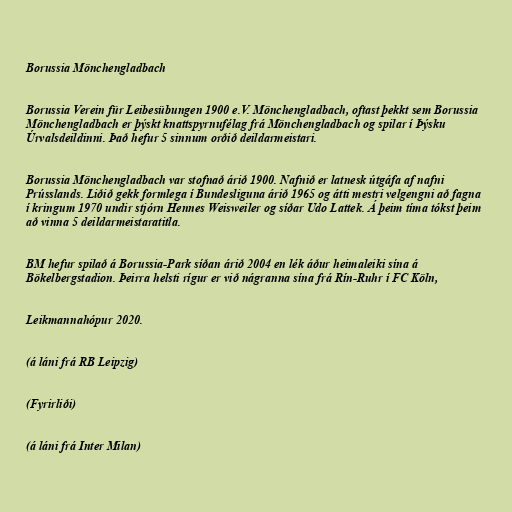
Borussia Mönchengladbach

Borussia Verein für Leibesübungen 1900 e.V. Mönchengladbach, oftast þekkt sem Borussia
Mönchengladbach er þýskt knattspyrnufélag frá Mönchengladbach og spilar í Þýsku
Úrvalsdeildinni. Það hefur 5 sinnum orðið deildarmeistari.

Borussia Mönchengladbach var stofnað árið 1900. Nafnið er latnesk útgáfa af nafni
Prússlands. Liðið gekk formlega í Bundesliguna árið 1965 og átti mestri velgengni að fagna
í kringum 1970 undir stjórn Hennes Weisweiler og síðar Udo Lattek. Á þeim tíma tókst þeim
að vinna 5 deildarmeistaratitla.

BM hefur spilað á Borussia-Park síðan árið 2004 en lék áður heimaleiki sína á
Bökelbergstadion. Þeirra helsti rígur er við nágranna sína frá Rín-Ruhr í FC Köln,

Leikmannahópur 2020.

(á láni frá RB Leipzig)

(Fyrirliði)

(á láni frá Inter Milan)